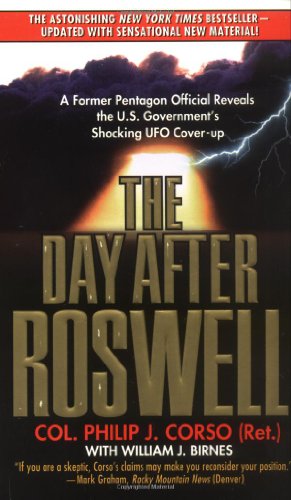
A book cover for The Day After Roswell; Philip Corso; Literature & Fiction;